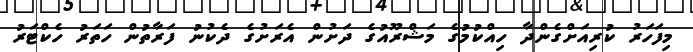
މިފަހަރު ކުރިއަށްގެންދާ ހިއްކުމުގެ މަޝްރޫއުގެ ދަށުން އެރަށުގެ ދެކުނު ފަރާތުން ހަތަރު ހެކްޓަރު